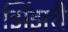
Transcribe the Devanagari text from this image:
झिंझरी